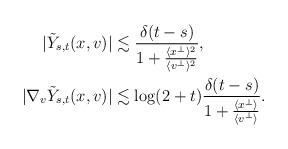
LaTeX: \begin{align*}\begin{aligned} |\tilde Y_{s,t}(x,v)| &\lesssim \frac{\delta (t-s)}{1+\frac{\langle x^\perp\rangle^2 }{\langle v^\perp\rangle^2}}, \\ |\nabla_v \tilde Y_{s,t}(x,v)| &\lesssim \log(2 + t) \frac{\delta (t-s)}{1+\frac{\langle x^\perp\rangle }{\langle v^\perp\rangle}} . \end{aligned}\end{align*}